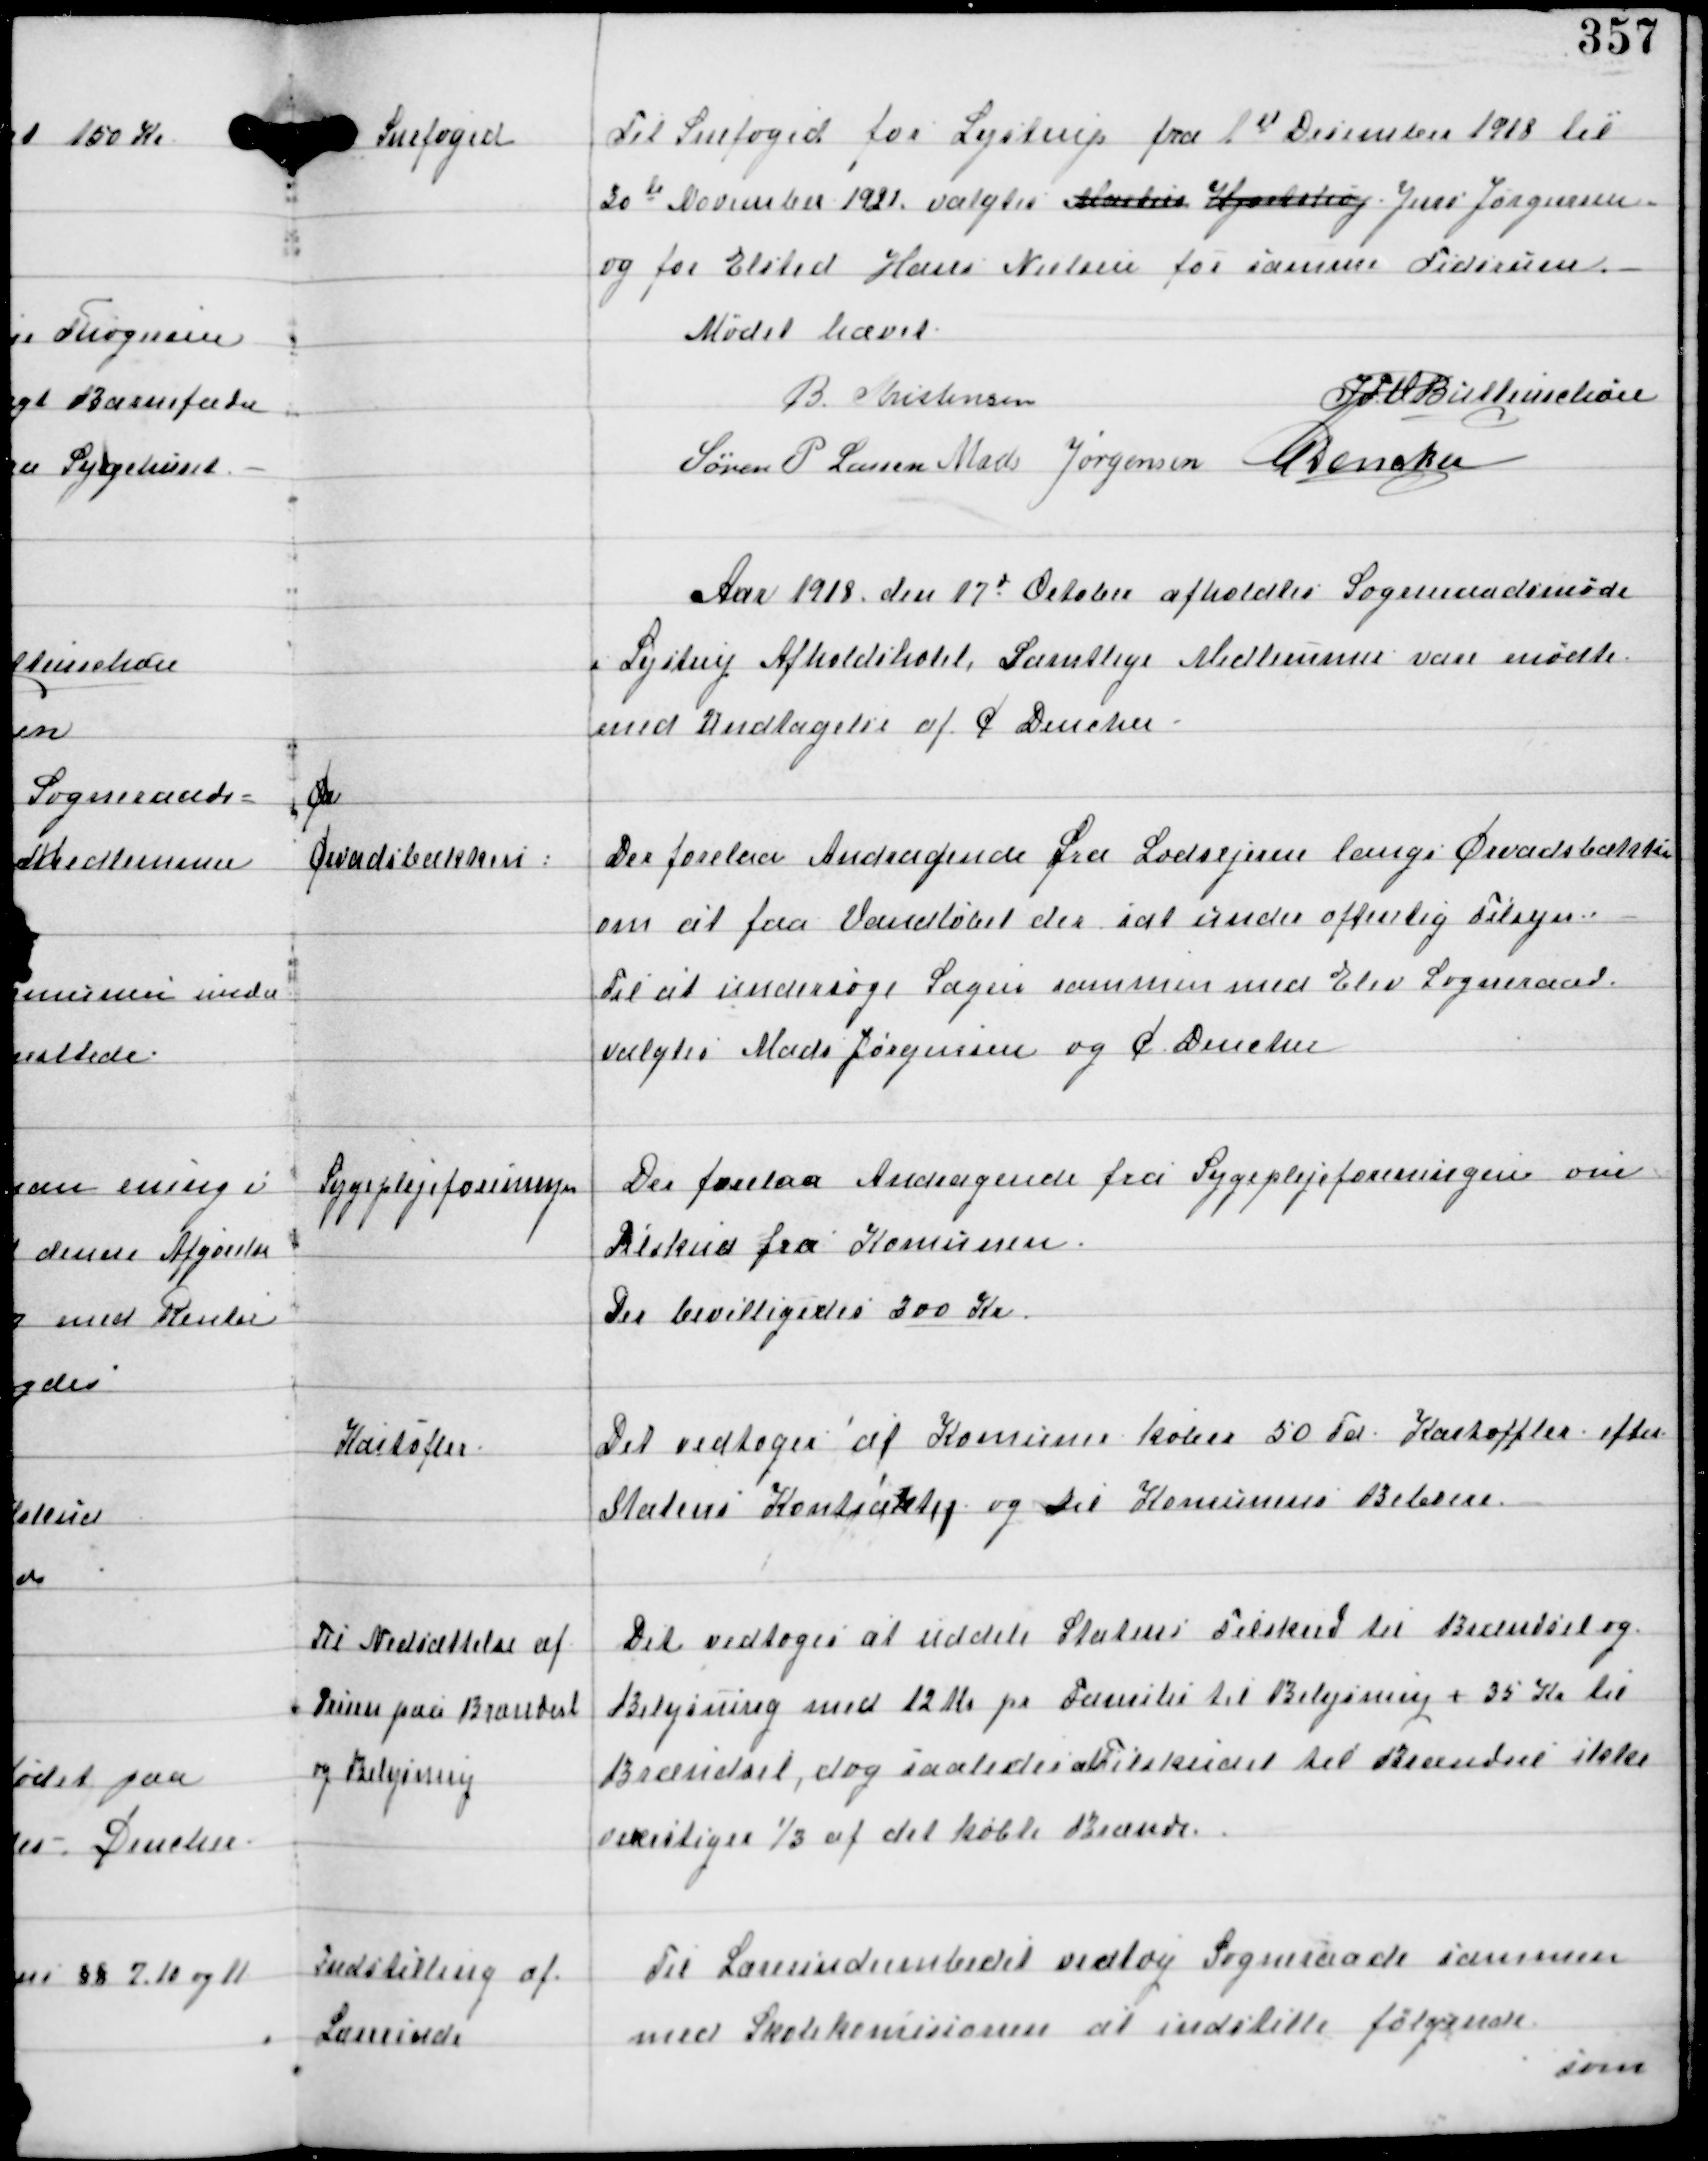
Transskription:
Snefoged

Til Snefoged for Lystrup fra 1st December 1918 til
30de November 1921 valgtes Martin Hjortshøj Jens Jørgensen
og for Elsted Hans Nielsen for samme Tidsrum.

Mødet hævet.
B Kristensen
IFV Buttenschøn
Søren P Lassen Mads Jørgensen C Dencker

Aar 1918 den 17d October afholdtes Sogneraadsmøde
i Lystrup Afholdshotel. Samtlige Medlemmer var mødte
med Undtagelse af C Dencker.

Øer
Ørvadsbækken:

Der forelaa Andragende fra Lodsejerne langs Ørvadsbækken
om at faa Vandløbet der sat under offentlig Tilsyn.
Til at undersøge Sagen sammen med Elev Sogneraad
valgtes Mads Jørgensen og C Dencker

Sygeplejeforeningen

Der forelaa Andragende fra Sygeplejeforeningen om
Bistand fra Komunen.
Der bevilligedes 200 Kr.

Kartofler

Det vedtoges at Komunen køber 50 Td Kartoffler efter
Statens Kontraktig og til Komunens Beboere.

Til Nedsættelse af
Prisen paa Brændsel
og Belysning

Det vedtoges at uddele Statens Tilskud til Brændsel og
Belysning med 12 Kr pr Familie til Belysning + 35 Kr til
Brændsel, dog saaledes at Tilskudet til Brændsel ikke
overstiger 1/3 af det købte Brænde.

Indstilling af
Lærerinde

Til Lærerindeembedet vedtog Sogneraadet sammen
med Skolekomisionen at indstille følgende
som